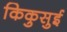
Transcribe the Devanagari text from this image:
किकुसुई